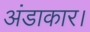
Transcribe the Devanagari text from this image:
अंडाकार।